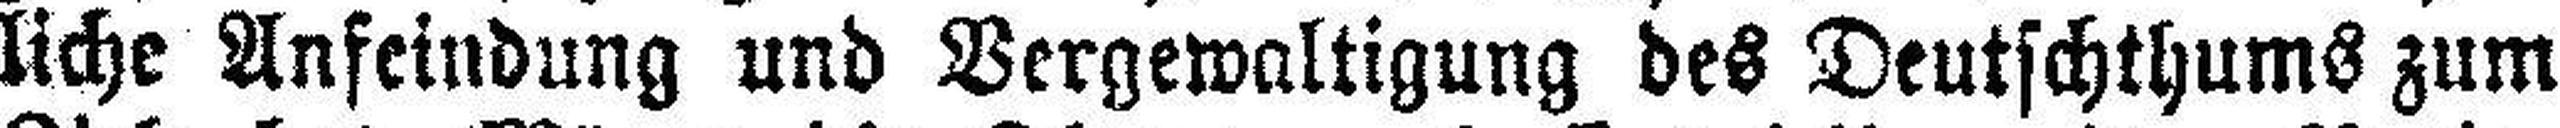
liche Anfeindung und Vergewaltigung des Deutschthums zum